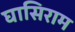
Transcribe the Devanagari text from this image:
घासिराम